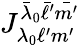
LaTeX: J_{\lambda_{0}\ell^{\prime}m^{\prime}}^{\bar{\lambda}_{0}\bar{\ell}^{\prime}\bar{m^{\prime}}}